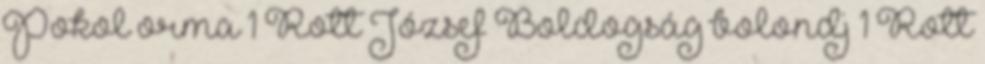
Pokol orma 1 Rott József Boldogság bolondj 1 Rott